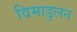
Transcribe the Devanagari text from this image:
विमाडुलन